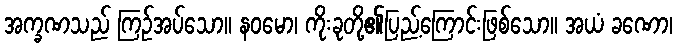
အက္ခဏသည် ကြဉ်အပ်သော။ နဝမော၊ ကိုးခုတို့၏ပြည့်ကြောင်းဖြစ်သော။ အယံ ခဏော၊